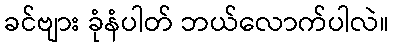
ခင်ဗျား ခုံနံပါတ် ဘယ်လောက်ပါလဲ။